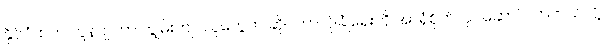
နိုင်ငံထဲက ကွန်ပျူတာ ကျွမ်းကျင်သူတွေက ဆိုင်ဘာလုံခြုံရေးကို အာရုံစိုက်လုပ်ဆောင်လာတယ်လို့